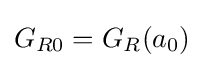
G_{R0}=G_{R}(a_{0})